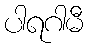
ပါရဂါမီ